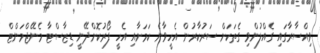
ވިއްސާރާގައި ގެއްލުންވި ގެތަކަށް ސަރުކާރުން އެހީވާނެ ކަމަށާއި އެހީ ފޯރުކޮށްދޭނީ ޑިޒާސްޓާ މެނޭޖްމަންޓް